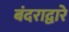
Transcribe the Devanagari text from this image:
बंदराद्वारे